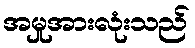
အမှုအားလုံးသည်